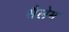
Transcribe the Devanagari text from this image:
सैलेम